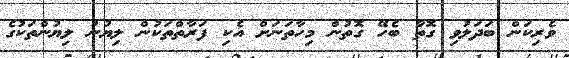
ވެރިކަން ބަދަލުވި ގޮތާ ބެހޭ ގޮތުން މިހާތަނަށް އެކި ފަރާތްތަކުން ލިޔުނު ލިޔުންތަކުގެ